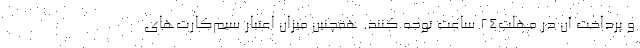
و پرداخت آن در مهلت۲۴ ساعت توجه کنند. همچنین میزان اعتبار سیم‌کارت‌های